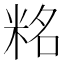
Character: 䊅